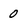
Character: 0